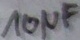
Text: 10µF